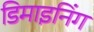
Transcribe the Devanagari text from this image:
डिमाइनिंग